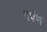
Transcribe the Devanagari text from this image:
तपंण